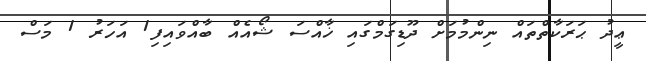
ޢީދު ޙަރަކާތްތައް ނިންމުމަށް ދޫޑިގަމްގައި ޚާއްސަ ޝޯއެއް ބާއްވައިފި1 އަހަރު 1 މަސް